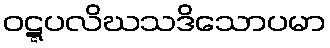
ဝဋ္ဋပလိဃသဒိသောပမာ